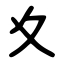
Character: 夊